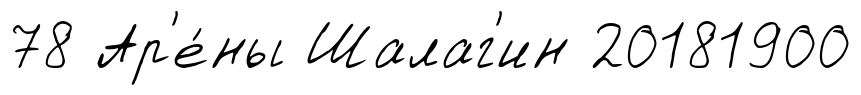
78 Ар'е́ны Шалаг'ин 20181900